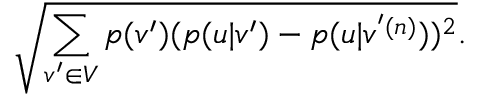
\sqrt { \sum _ { v ^ { \prime } \in V } p ( v ^ { \prime } ) ( p ( u | v ^ { \prime } ) - p ( u | v ^ { ' ( n ) } ) ) ^ { 2 } } .